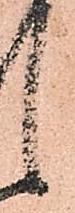
候